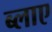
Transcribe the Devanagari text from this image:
ब्लाए